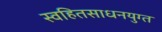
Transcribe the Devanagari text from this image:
स्वहितसाधनयुग्त